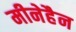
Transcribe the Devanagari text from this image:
मीनेहैन